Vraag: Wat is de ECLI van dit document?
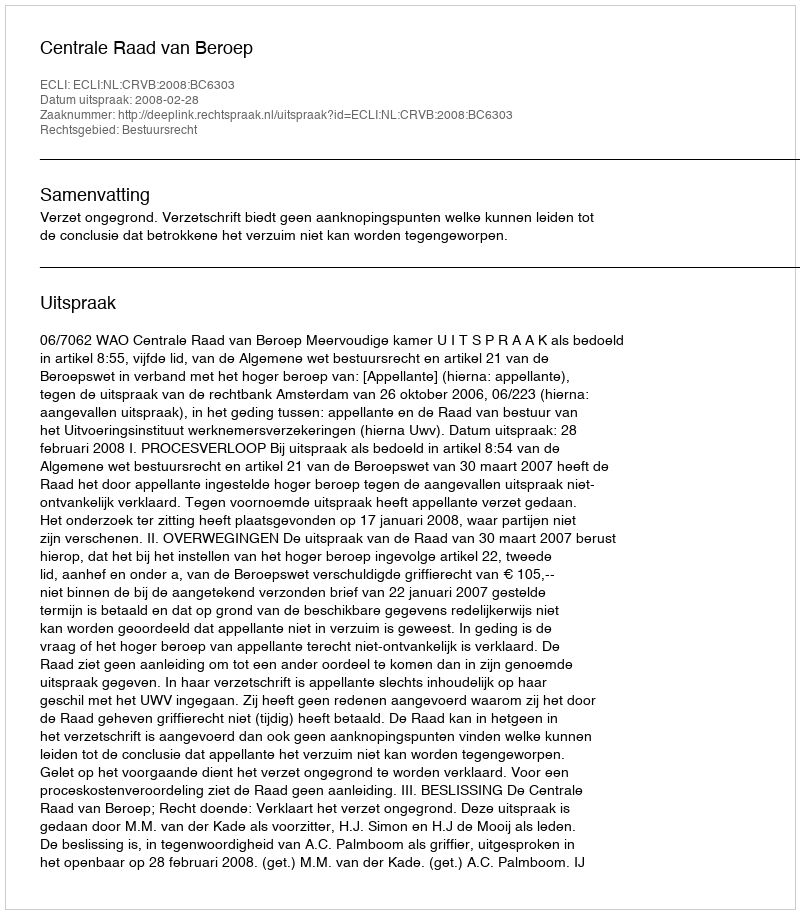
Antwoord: ECLI:NL:CRVB:2008:BC6303